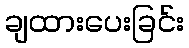
ချထားပေးခြင်း